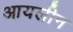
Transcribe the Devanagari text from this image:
आयलीन